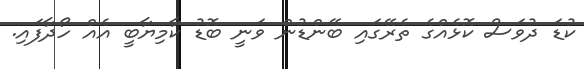
ކުޑަ ދުވަސް ކޮޅެއްގެ ތެރޭގައި ބޭންޑުން ވަނީ ބޮޑު ކާމިޔާބީ އެއް ހޯދާފައި.